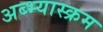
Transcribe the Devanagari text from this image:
अब्भ्यास्क्रम